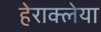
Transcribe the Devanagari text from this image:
हेराक्लेया